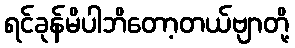
ရင်ခုန်မိပါဘိတော့တယ်ဗျာတို့